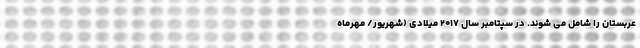
عربستان را شامل می شوند. در سپتامبر سال ۲۰۱۷ میلادی (شهریور/ مهرماه